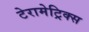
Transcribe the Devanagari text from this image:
टेरामेट्रिक्स